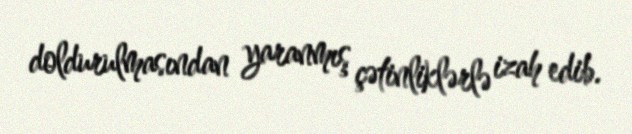
doldurulmasından yaranmış çətinliklərlə izah edib.